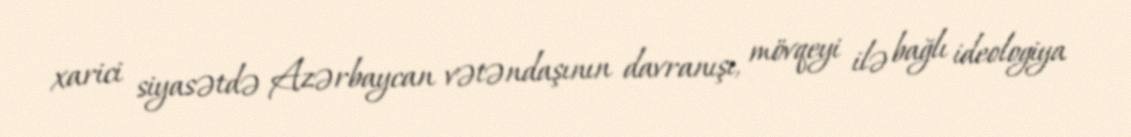
xarici siyasətdə Azərbaycan vətəndaşının davranışı, mövqeyi ilə bağlı ideologiya